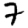
Digit: 7